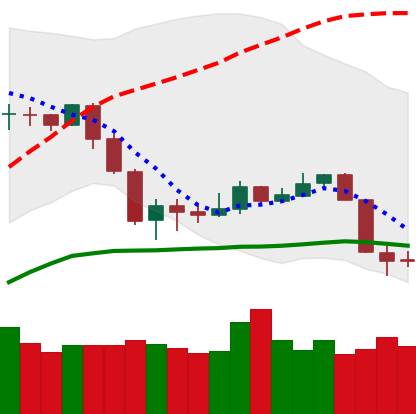
Ticker: NEO-USD
Chart end date: 2020-03-10
Forward return: -39.168%
Label: down_7plus